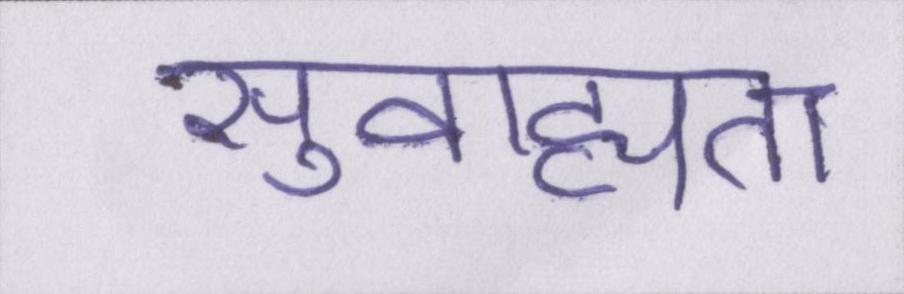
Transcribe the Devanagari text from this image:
सुवाह्यता